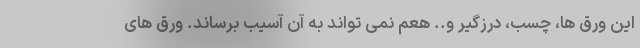
این ورق ها، چسب، درزگیر و.. هعم نمی تواند به آن آسیب برساند. ورق های